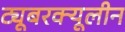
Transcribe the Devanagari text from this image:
ट्यूबरक्यूलीन